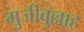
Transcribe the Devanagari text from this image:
मुजीबुल्लाह